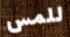
للمس